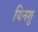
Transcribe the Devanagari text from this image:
यिनशु